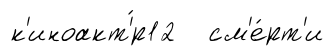
к'иноакт'́р12 см'е́рт'и